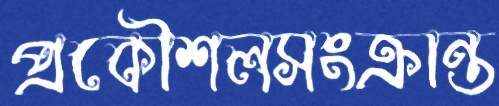
প্রকৌশলসংক্রান্ত